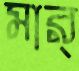
মার্